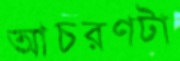
আচরণটা